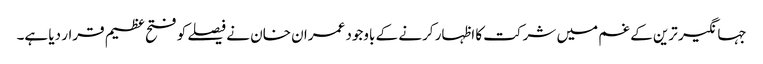
جہانگیر ترین کے غم میں شرکت کا اظہار کرنے کے باوجود عمران خان نے فیصلے کو فتح عظیم قرار دیا ہے۔